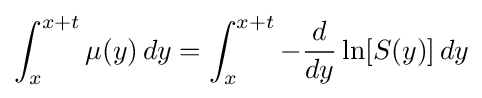
\int _{x}^{x+t}\mu (y)\,dy=\int _{x}^{x+t}-{\frac {d}{dy}}\ln[S(y)]\,dy